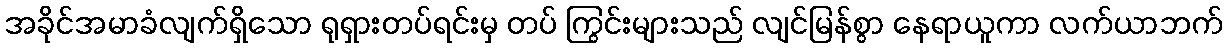
အခိုင်အမာခံလျက်ရှိသော ရုရှားတပ်ရင်းမှ တပ် ကြွင်းများသည် လျင်မြန်စွာ နေရာယူကာ လက်ယာဘက်